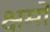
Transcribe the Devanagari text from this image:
क्षमों